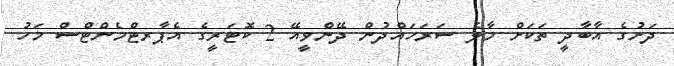
ދަށުގެ އާބާދީ ތަކަށް މާލެ ސަރަހައްދުން ދޭންވީއޭ 2 ކޮޓަރީގެ އެޕާރޓްމެންޓްސް މަހު